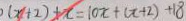
( x + 2 ) + x = 1 0 x + ( x + 2 ) + 1 8